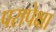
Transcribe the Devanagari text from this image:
परापेक्षा